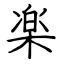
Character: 楽